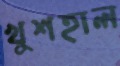
খুশহাল